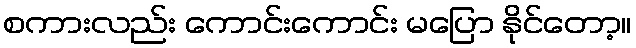
စကားလည်း ကောင်းကောင်း မပြော နိုင်တော့။